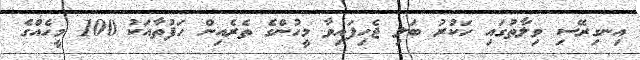
އިނގިރޭސި ވިލާތުގައި ހަކުރު ބަލި ޖެހިފައިވާ މީހުންގެ ތެރެއިން ހަފުތާއަކު 100 މީހެއްގެ